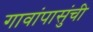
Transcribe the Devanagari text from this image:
गावांपासुंची